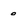
Character: o